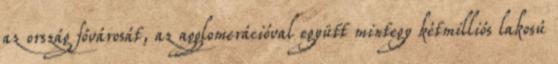
az ország fővárosát, az agglomerációval együtt mintegy kétmilliós lakosú